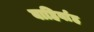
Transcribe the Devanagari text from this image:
बाहिर्वाह